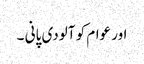
اور عوام کو آلودی پانی ۔